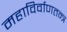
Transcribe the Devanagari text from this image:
महाविर्वाणतन्त्र